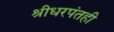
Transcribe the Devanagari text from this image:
श्रीधरपंतही